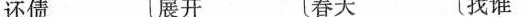
还债 展开 春天 找谁